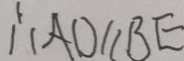
\therefore A D / / B E